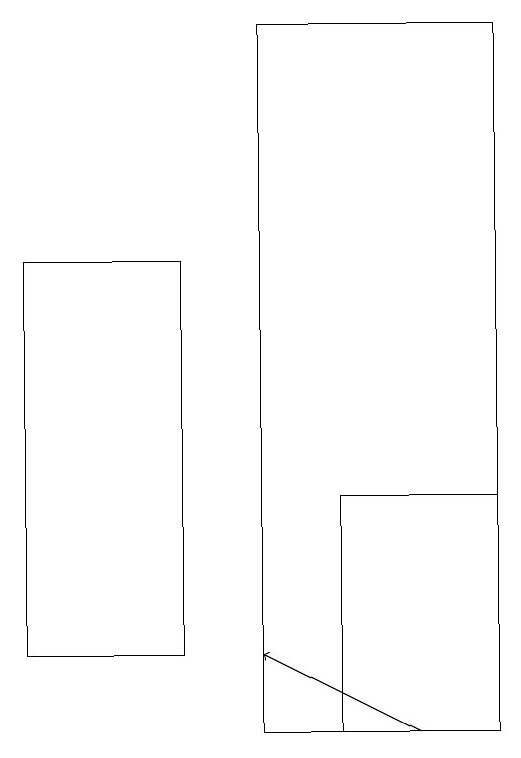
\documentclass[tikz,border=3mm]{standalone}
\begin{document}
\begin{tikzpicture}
\draw (3,16) rectangle (5,11);
\draw (9,10) rectangle (6,19);
\draw[->] (8,10) -- (6,11);
\draw (9,13) rectangle (7,10);
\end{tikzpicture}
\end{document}